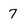
Character: 7